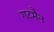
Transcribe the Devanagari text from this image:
गटमैन